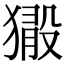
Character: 𤡘